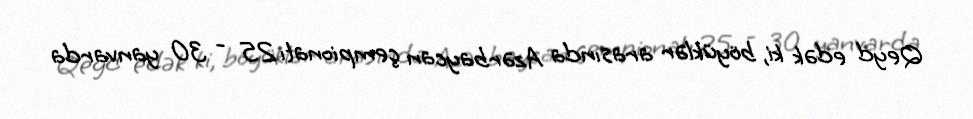
Qeyd edək ki, böyüklər arasında Azərbaycan çempionatı 25 - 30 yanvarda